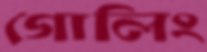
গোলিং